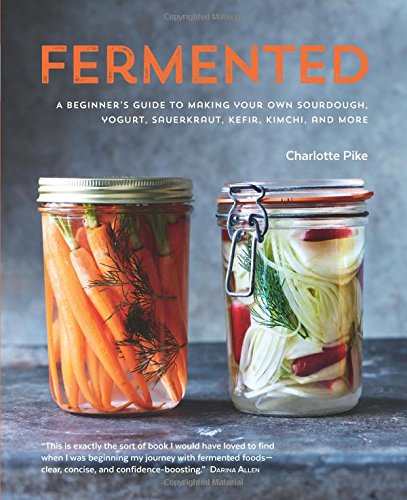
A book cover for Fermented: A Beginner's Guide to Making Your Own Sourdough, Yogurt, Sauerkraut, Kefir, Kimchi and More; Charlotte Pike; Cookbooks, Food & Wine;